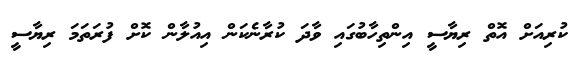
ކުރިއަށް އޮތް ރިޔާސީ އިންތިހާބުގައި ވާދަ ކުރާނެކަން އިއުލާން ކޮށް ފުރަތަމަ ރިޔާސީ